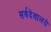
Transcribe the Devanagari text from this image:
सर्वदेवालये